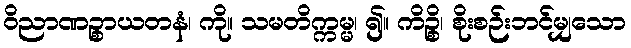
ဝိညာဏဉ္စာယတနံ၊ ကို။ သမတိက္ကမ္မ၊ ၍။ ကိဉ္စိ၊ စိုးစဉ်းဘင်မျှသော